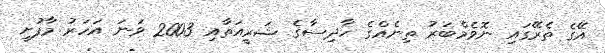
އޭގެ ތެރޭގައި ނޮވެމްބަރު ތިނެއްގެ ހާދިސާގެ ޝަރީއަތާއި 2003 ވަނަ އަހަރު މާފުށީ